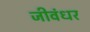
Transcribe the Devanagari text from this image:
जीवंधर